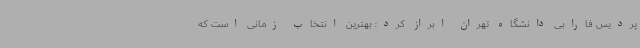
پردیس فارابی دانشگاه تهران ابراز کرد: بهترین انتخاب زمانی است که